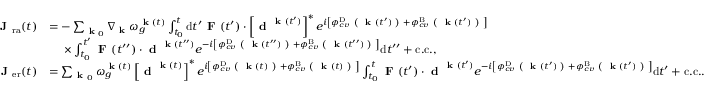
\begin{array} { r l } { \textbf { J } _ { \mathrm { r a } } ( t ) } & { = - \sum _ { \textbf { k } _ { 0 } } \nabla _ { \textbf { k } } \omega _ { g } ^ { \textbf { k } ( t ) } \int _ { t _ { 0 } } ^ { t } \mathrm { d } t ^ { \prime } \textbf { F } ( t ^ { \prime } ) \cdot \left[ \textbf { d } ^ { \textbf { k } ( t ^ { \prime } ) } \right] ^ { * } e ^ { i \left[ \phi _ { c v } ^ { \mathrm { D } } \textbf { ( } \textbf { k } ( t ^ { \prime } ) \textbf { ) } + \phi _ { c v } ^ { \mathrm { B } } \textbf { ( } \textbf { k } ( t ^ { \prime } ) \textbf { ) } \right] } } \\ & { \ \ \ \ \times \int _ { t _ { 0 } } ^ { t ^ { \prime } } \textbf { F } ( t ^ { \prime \prime } ) \cdot \textbf { d } ^ { \textbf { k } ( t ^ { \prime \prime } ) } e ^ { - i \left[ \phi _ { c v } ^ { \mathrm { D } } \textbf { ( } \textbf { k } ( t ^ { \prime \prime } ) \textbf { ) } + \phi _ { c v } ^ { \mathrm { B } } \textbf { ( } \textbf { k } ( t ^ { \prime \prime } ) \textbf { ) } \right] } \mathrm { d } t ^ { \prime \prime } + \mathrm { c . c . } , } \\ { \textbf { J } _ { \mathrm { e r } } ( t ) } & { = \sum _ { \textbf { k } _ { 0 } } \omega _ { g } ^ { \textbf { k } ( t ) } \left[ \textbf { d } ^ { \textbf { k } ( t ) } \right] ^ { * } e ^ { i \left[ \phi _ { c v } ^ { \mathrm { D } } \textbf { ( } \textbf { k } ( t ) \textbf { ) } + \phi _ { c v } ^ { \mathrm { B } } \textbf { ( } \textbf { k } ( t ) \textbf { ) } \right] } \int _ { t _ { 0 } } ^ { t } \textbf { F } ( t ^ { \prime } ) \cdot \textbf { d } ^ { \textbf { k } ( t ^ { \prime } ) } e ^ { - i \left[ \phi _ { c v } ^ { \mathrm { D } } \textbf { ( } \textbf { k } ( t ^ { \prime } ) \textbf { ) } + \phi _ { c v } ^ { \mathrm { B } } \textbf { ( } \textbf { k } ( t ^ { \prime } ) \textbf { ) } \right] } \mathrm { d } t ^ { \prime } + \mathrm { c . c . } . } \end{array}